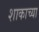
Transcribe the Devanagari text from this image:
शाकाच्या